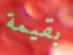
بقيمة